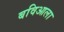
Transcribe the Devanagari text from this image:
बविआला